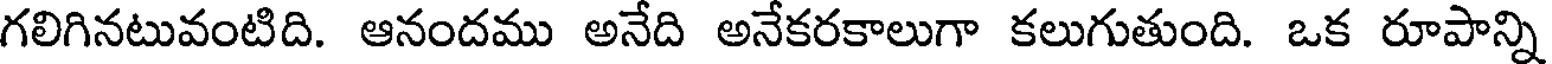
గలిగినటువంటిది. ఆనందము అనేది అనేకరకాలుగా కలుగుతుంది. ఒక రూపాన్ని